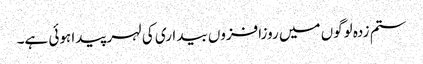
ستم زدہ لوگوں میں روزافزوں بیداری کی لہر پیدا ہوئی ہے۔